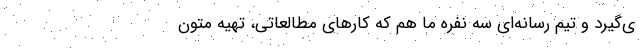
ی‌گیرد و تیم رسانه‌ای سه نفره ما هم که کارهای مطالعاتی، تهیه متون